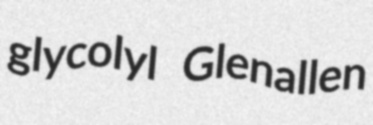
glycolyl Glenallen